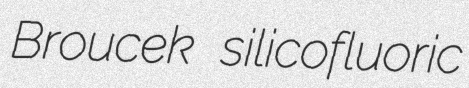
Broucek silicofluoric